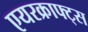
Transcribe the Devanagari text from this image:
एयरक्राफ्ट्स